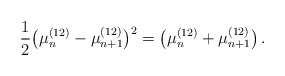
\begin{align*}\frac{1}{2} \big( \mu_n^{(12)}-\mu_{n+1}^{(12)} \big)^2 = \big( \mu_n^{(12)}+\mu_{n+1}^{(12)} \big) \,. \end{align*}